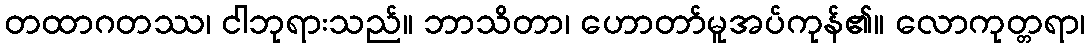
တထာဂတဿ၊ ငါဘုရားသည်။ ဘာသိတာ၊ ဟောတာ်မူအပ်ကုန်၏။ လောကုတ္တရာ၊